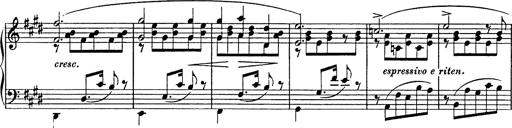
Title: Consolations
Composer: Franz Liszt